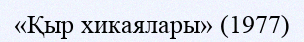
«Қыр хикаялары» (1977)